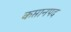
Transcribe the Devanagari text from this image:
कप्तानपद